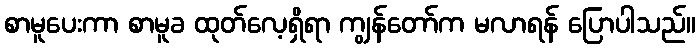
စာမူပေးကာ စာမူခ ထုတ်လေ့ရှိရာ ကျွန်တော်က မလာရန် ပြောပါသည်။